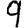
Digit: 9